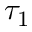
\tau _ { 1 }